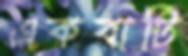
একবাটি